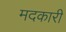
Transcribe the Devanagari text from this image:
मदकारी